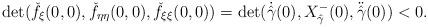
LaTeX: \begin{align*} \det(\check f_\xi(0,0), \check f_{\eta\eta}(0,0),\check f_{\xi\xi}(0,0)) = \det(\dot{\hat \gamma}(0),X^-_{\hat \gamma}(0), \ddot{\hat \gamma}(0))<0.\end{align*}